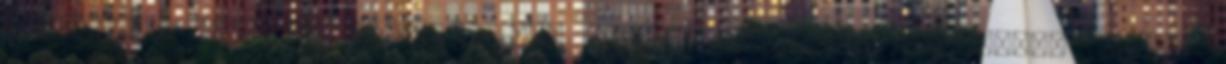
számoltak be. Ez volt a DXN megalakulásának kezdetén. Azóta